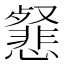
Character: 𢤕